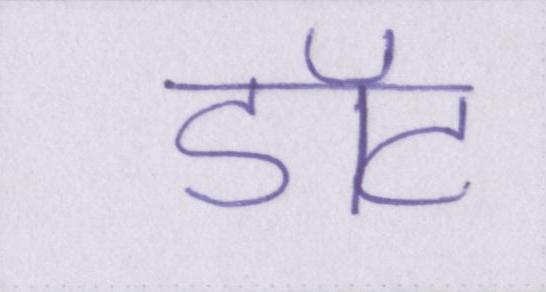
डॉट